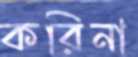
করিনা